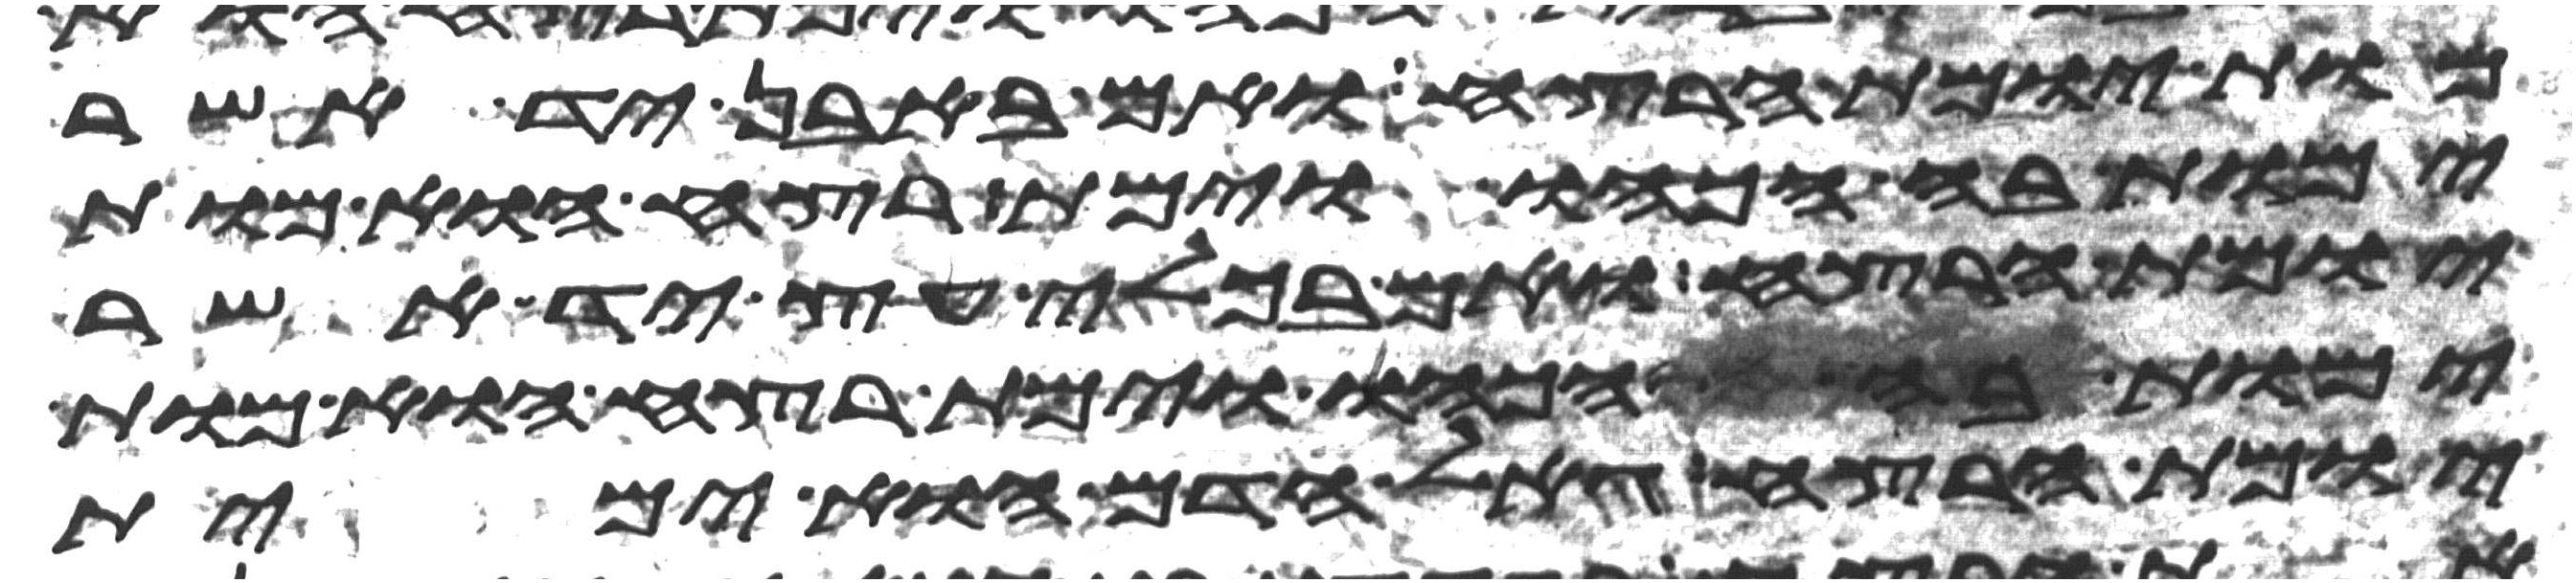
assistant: מות יומת הרצח ואם באבן יד אשר
ימות בה הכהו וימת רצח הוא מות
יומת הרצח ואם בכלי עץ יד אשר
ימות בו הכהו וימת רצח הוא מות
יומת הרצח גאל הדם הוא ימית